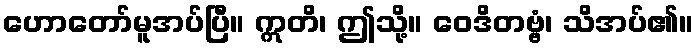
ဟောတော်မူအပ်ပြီ။ ဣတိ၊ ဤသို့။ ဝေဒိတဗ္ဗံ၊ သိအပ်၏။